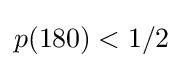
p(180)<1/2